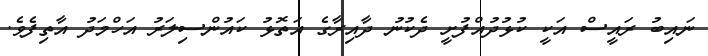
ނައިބު ރައީސް އަކީ ކުޅުދުއްފުށީ ދެކުނު ދާއިރާގެ އަތޮޅު ކައުންސިލަރު އަހްމަދު އާތިފެވެ.